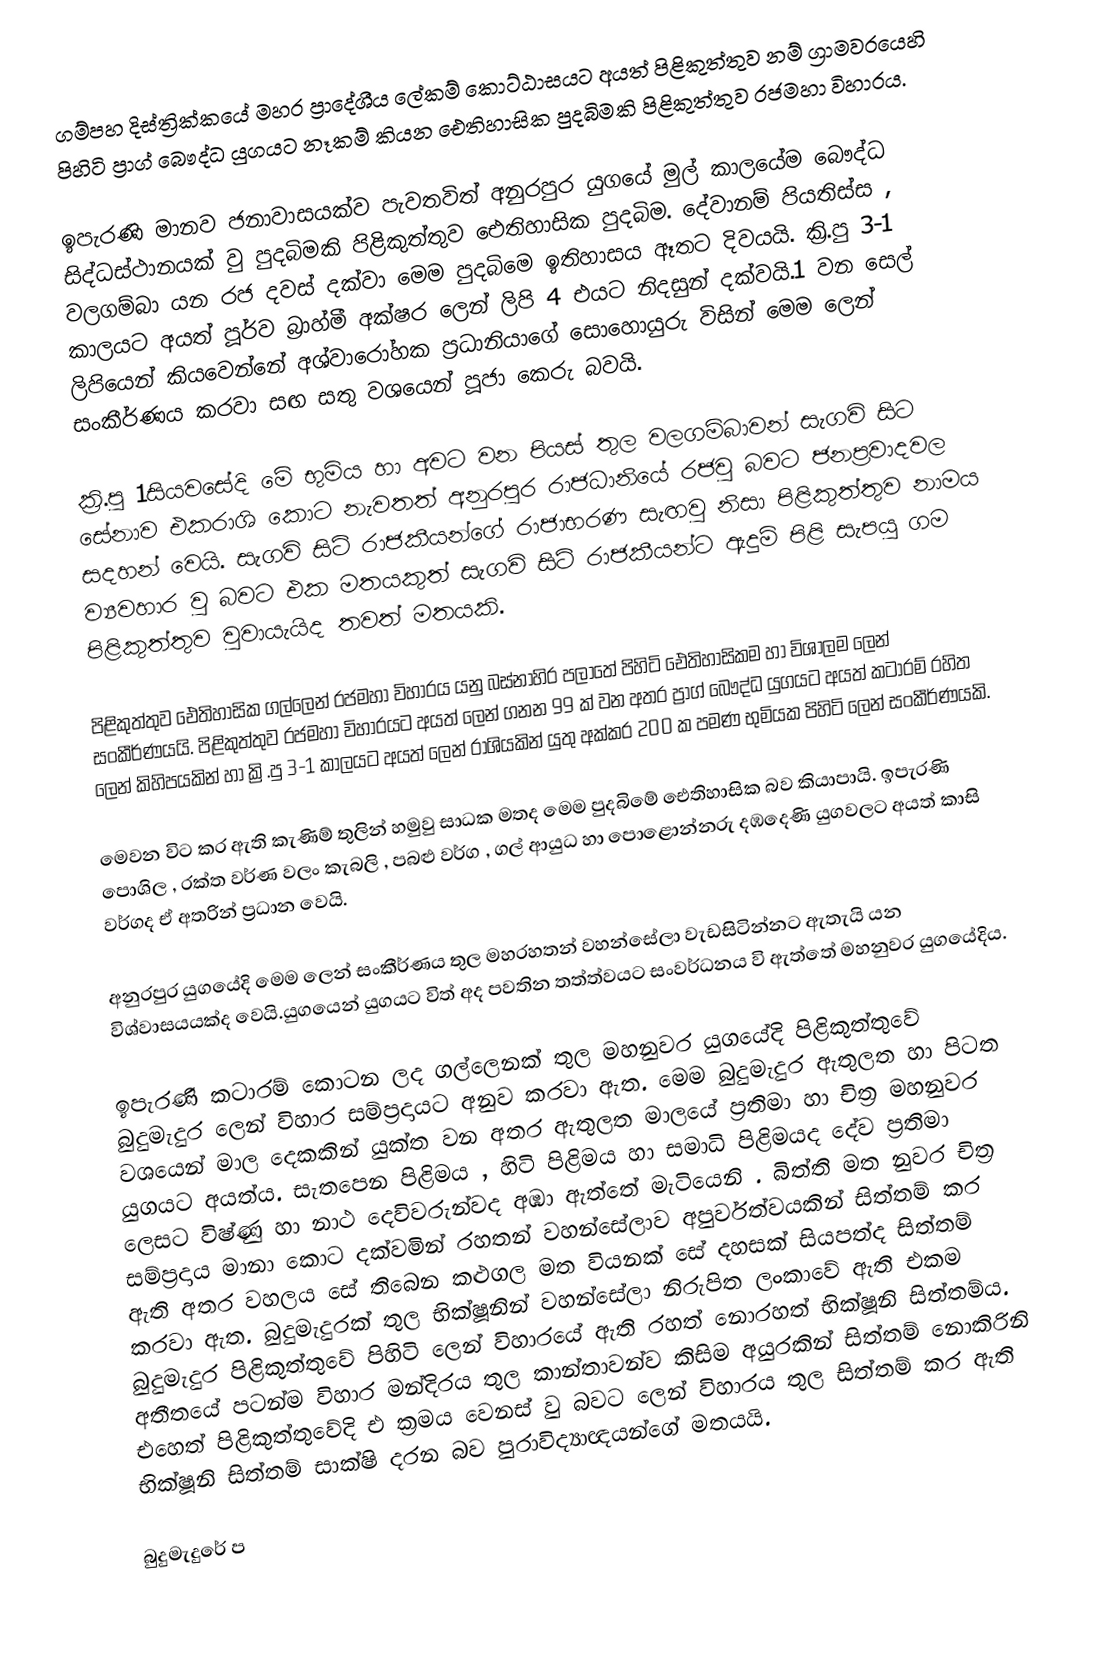
ගම්පහ දිස්ත්‍රික්කයේ මහර ප්‍රාදේශීය ලේකම් කොට්ඨාසයට අයත් පිළිකුත්තුව නම් ග්‍රාමවරයෙහි පිහිටි ප්‍රාග් බෞද්ධ යුගයට නෑකම් කියන ඓතිහාසික පුදබිමකි පිළිකුත්තුව රජමහා විහාරය.

ඉපැරණි මානව ජනාවාසයක්ව පැවතවිත් අනුරපුර යුගයේ මුල් කාලයේම බෞද්ධ සිද්ධස්ථානයක් වු පුදබිමකි පිළිකුත්තුව ඓතිහාසික පුදබිම. දේවානම් පියතිස්ස  , වලගම්බා යන රජ දවස් දක්වා මෙම පුදබිමෙ ඉතිහාසය ඈතට දිවයයි. ක්‍රි.පු 3-1 කාලයට අයත් පූර්ව බ්‍රාහ්මී අක්ෂර ලෙන් ලිපි 4 එයට නිදසුන් දක්වයි.1 වන සෙල් ලිපියෙන් කියවෙන්නේ අශ්වාරෝහක ප්‍රධානියාගේ සොහොයුරු විසින් මෙම ලෙන් සංකීර්ණය කරවා සඟ සතු වශයෙන් පූජා කෙරු බවයි.

ක්‍රි.පු 1සියවසේදි මේ භුමිය හා අවට වන පියස් තුල වලගම්බාවන් සැගවි සිට සේනාව එකරාශි කොට නැවතත් අනුරපුර රාජධානියේ රජවු බවට ජනප්‍රවාදවල සදහන් වෙයි. සැගවි සිටි රාජකීයන්ගේ රාජාභරණ සැඟවු නිසා පිළිකුත්තුව නාමය ව්‍යවහාර වු බවට එක මතයකුත් සැගවි සිටි රාජකීයන්ට ඇදුම් පිළි සැපයු ගම පිළිකුත්තුව වුවායැයිද තවත් මතයකි.

පිළිකුත්තුව ඓතිහාසික ගල්ලෙන් රජමහා විහාරය යනු බස්නාහිර පලාතේ පිහිටි ඓතිහාසිකම හා විශාලම ලෙන් සංකීර්ණයයි. පිළිකුත්තුව රජමහා විහාරයට අයත් ලෙන් ගනන 99 ක් වන අතර ප්‍රාග් බෞද්ධ යුගයට අයත්  කටාරම් රහිත ලෙන් කිහිපයකින් හා  ක්‍රි.පු 3-1 කාලයට අයත් ලෙන් රාශියකින් යුතු අක්කර 200 ක පමණ භුමියක පිහිටි ලෙන් සංකීර්ණයකි.

මෙවන විට කර ඇති කැණිම් තුලින් හමුවු සාධක මතද මෙම පුදබිමේ ඓතිහාසික බව කියාපායි. ඉපැරණි පොශිල , රක්ත වර්ණ වලං කැබලි , පබළු වර්ග , ගල් ආයුධ හා පොළොන්නරු දඹදෙණි යුගවලට අයත් කාසි වර්ගද ඒ අතරින් ප්‍රධාන වෙයි.

අනුරපුර යුගයේදි මෙම ලෙන් සංකීර්ණය තුල මහරහතන් වහන්සේලා වැඩසිටින්නට ඇතැයි යන විශ්වාසයයක්ද වෙයි.යුගයෙන් යුගයට විත් අද පවතින තත්ත්වයට සංවර්ධනය වි ඇත්තේ මහනුවර යුගයේදිය.

ඉපැරණි කටාරම් කොටන ලද ගල්ලෙනක් තුල මහනුවර යුගයේදි පිළිකුත්තුවේ බුදුමැදුර ලෙන් විහාර සම්ප්‍රදායට අනුව කරවා ඇත. මෙම බුදුමැදුර ඇතුලත හා පිටත වශයෙන් මාල දෙකකින් යුක්ත වන අතර ඇතුලත මාලයේ ප්‍රතිමා හා චිත්‍ර මහනුවර යුගයට අයත්ය. සැතපෙන පිළිමය , හිටි පිළිමය හා සමාධි පිළිමයද දේව ප්‍රතිමා ලෙසට විෂ්ණු හා නාථ දෙවිවරුන්වද අඹා ඇත්තේ මැටියෙනි . බිත්ති මත නුවර චිත්‍ර සම්ප්‍රදාය මානා කොට දක්වමින් රහතන් වහන්සේලාව අපුර්වත්වයකින් සිත්තම් කර ඇති අතර වහලය සේ තිබෙන කළුගල මත වියනක් සේ දහසක් සියපත්ද සිත්තම් කරවා ඇත. බුදුමැදුරක් තුල භික්ෂූනින් වහන්සේලා නිරුපිත ලංකාවේ ඇති එකම බුදුමැදුර පිළිකුත්තුවේ පිහිටි ලෙන් විහාරයේ ඇති රහත් නොරහත් භික්ෂූනි සිත්තම්ය. අතීතයේ පටන්ම විහාර මන්දිරය තුල කාන්තාවන්ව කිසිම අයුරකින් සිත්තම් නොකිරිනි එහෙත් පිළිකුත්තුවේදි එ ක්‍රමය වෙනස් වු බවට ලෙන් විහාරය තුල සිත්තම් කර ඇති භික්ෂූනි සිත්තම් සාක්ෂි දරන බව පුරාවිද්‍යාඥයන්ගේ මතයයි.

බුදුමැදුරේ ප